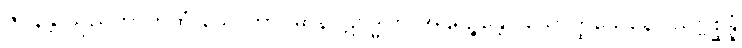
ဇဝနန္တိ သုညတာကထံ သောတာဝဓာနပဋိဗဒ္ဓါတိ အနုရဉ္ဇန္တော သောတ္ထိသေနော သဗ္ဗစ္ဆန္နံ